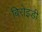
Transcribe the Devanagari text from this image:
बिरोइडी